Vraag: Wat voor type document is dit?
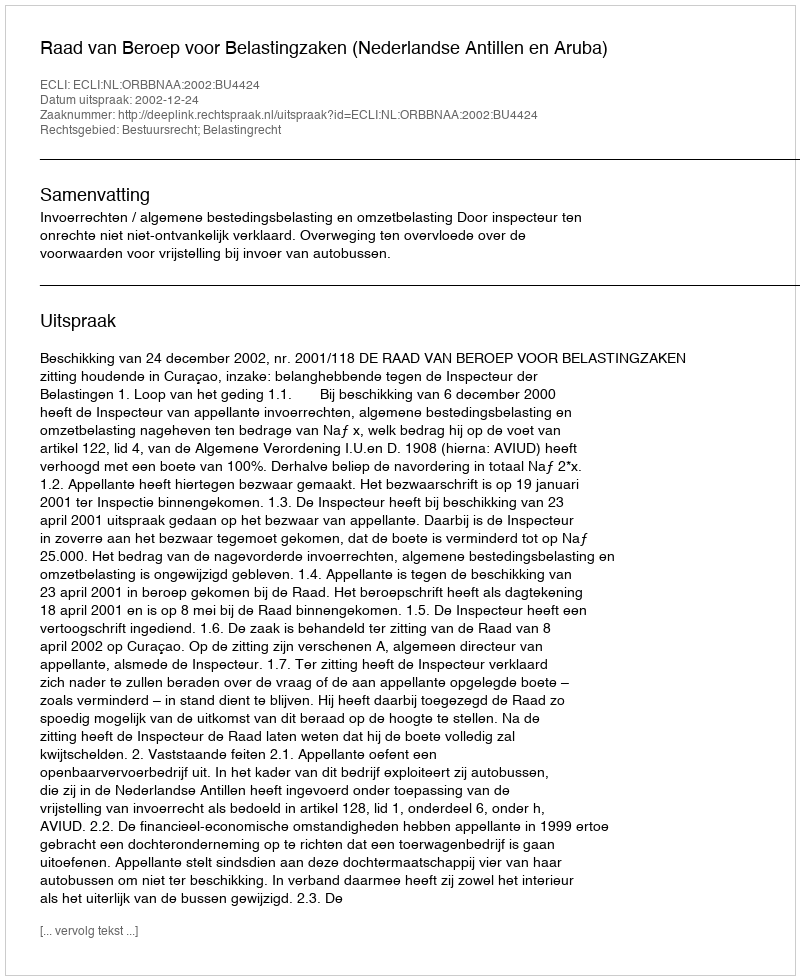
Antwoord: Uitspraak